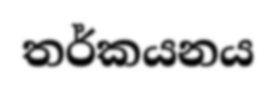
තර්කයනය